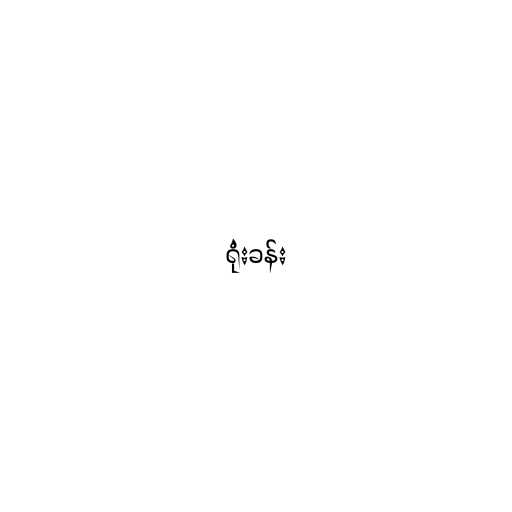
ရုံးခန်း